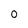
Character: 0